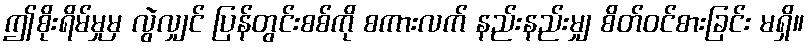
ဤစိုးရိမ်မှုမှ လွဲလျှင် ပြန်တွင်းစစ်ကို စကားလက် နည်းနည်းမျှ စိတ်ဝင်စားခြင်း မရှိ။